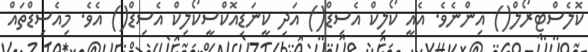
ކޮލެސްޓިރޯލް() އިންނެވެ. އެއީ ކޯލިކް އެސިޑް() އަދި ކީނަޑިއޮކްސީކޯލިކް އެސިޑް() އެވެ. މިއެސިޑްތައް